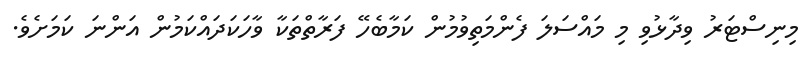
މިނިސްޓަރު ވިދާޅުވި މި މައްސަލަ ފެންމަތިވުމުން ކަމާބެހޭ ފަރާތްތަކާ ވާހަކަދައްކަމުން އަންނަ ކަމަށެވެ.